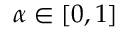
\alpha \in [ 0 , 1 ]